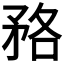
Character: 𱳜